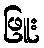
ဖြူး